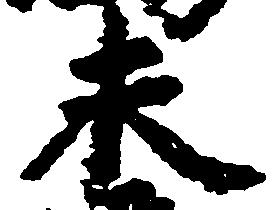
未